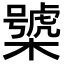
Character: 𣜍